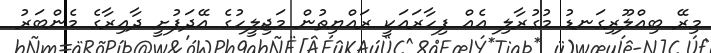
މިރޭ ބިއްލޫރިގަނޑު މުގުރާލި އެއް ފިހާރައަކީ ރައްޔިތުން މަޖިލީހުގެ އޭދަފުށީ ދާއިރާގެ މެންބަރު